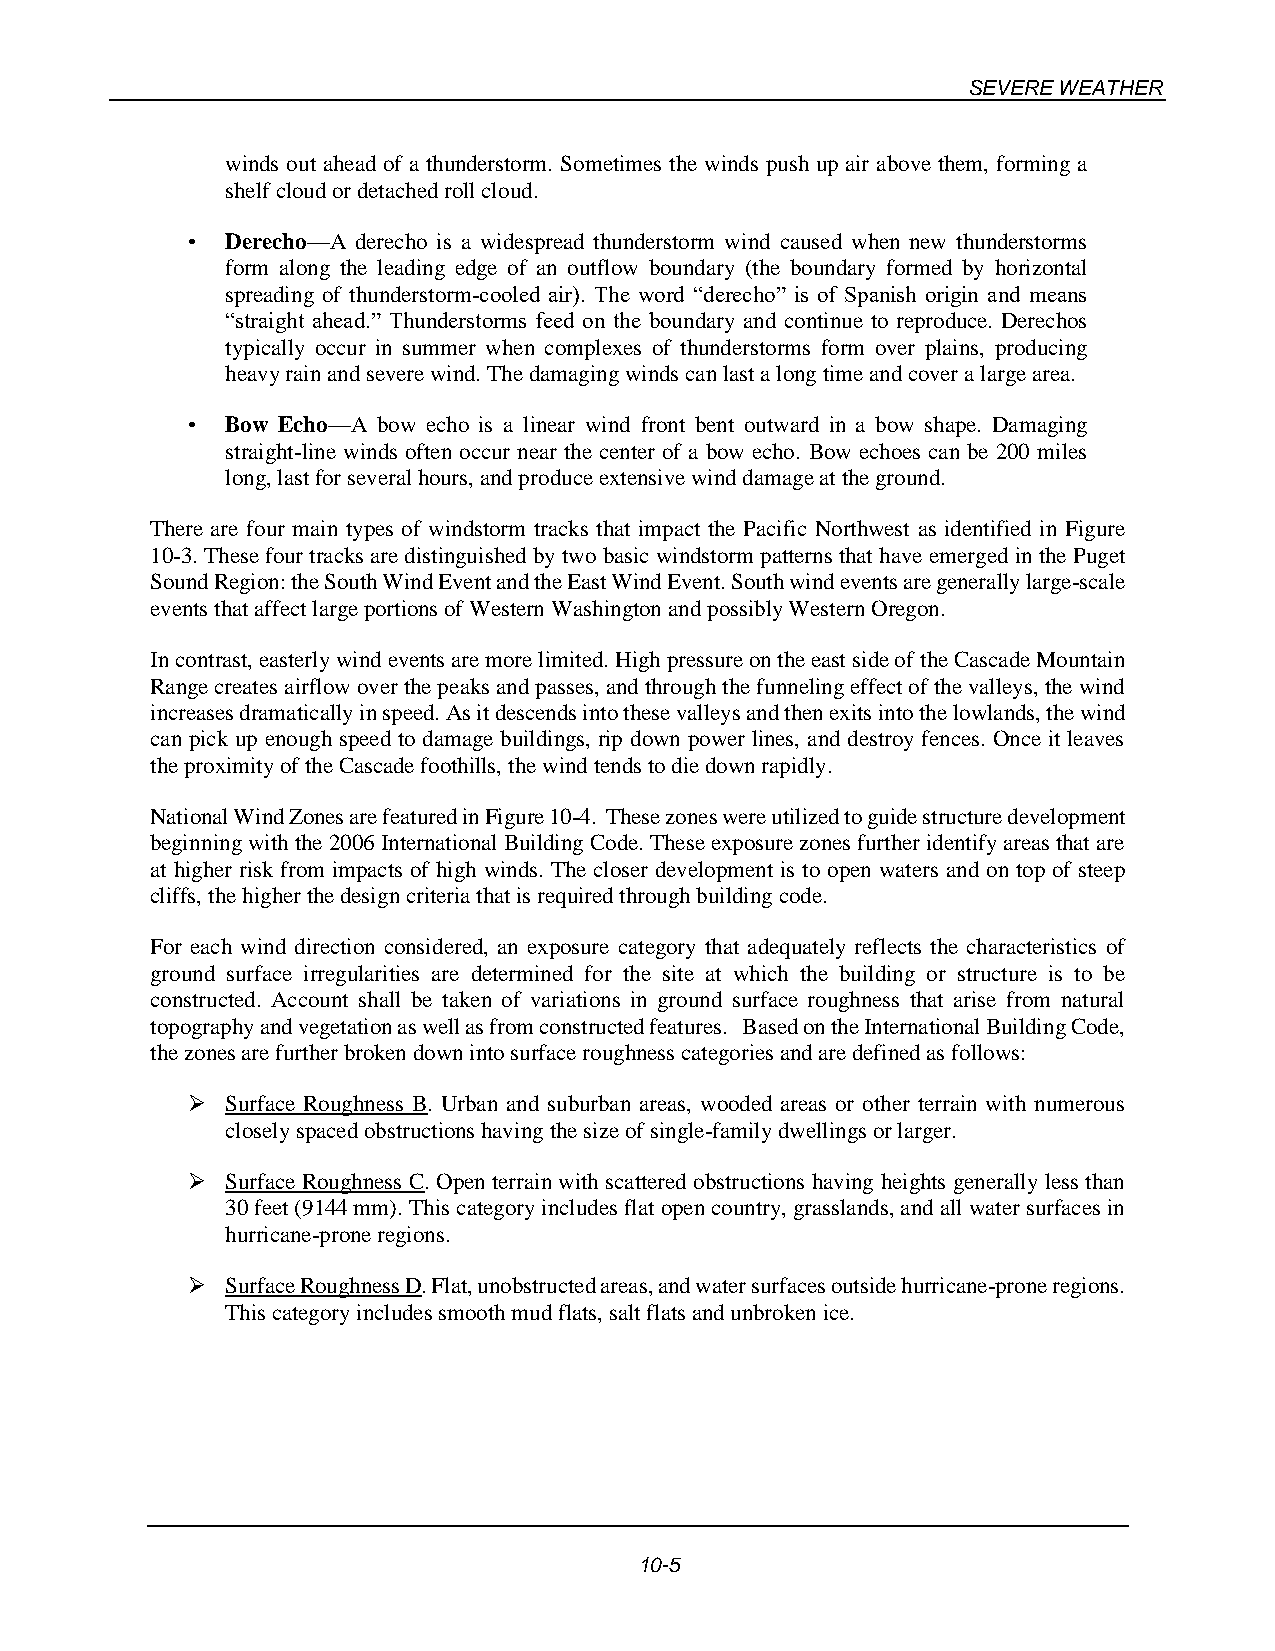
SEVERE WEATHER
 winds out ahead of a thunderstorm. Sometimes the winds push up air above them, forming a
 shelf cloud or detached roll cloud.
 •  Derecho—A derecho is a widespread thunderstorm wind caused when new thunderstorms
 form along the leading edge of an outflow boundary (the boundary formed by horizontal
 spreading of thunderstorm-cooled air). The word “derecho” is of Spanish origin and means
 “straight ahead.” Thunderstorms feed on the boundary and continue to reproduce. Derechos
 typically occur in summer when complexes of thunderstorms form over plains, producing
 heavy rain and severe wind. The damaging winds can last a long time and cover a large area.
 •  Bow Echo—A bow echo is a linear wind front bent outward in a bow shape. Damaging
 straight-line winds often occur near the center of a bow echo. Bow echoes can be 200 miles
 long, last for several hours, and produce extensive wind damage at the ground.
 There are four main types of windstorm tracks that impact the Pacific Northwest as identified in Figure
 10-3. These four tracks are distinguished by two basic windstorm patterns that have emerged in the Puget
 Sound Region: the South Wind Event and the East Wind Event. South wind events are generally large-scale
 events that affect large portions of Western Washington and possibly Western Oregon.
 In contrast, easterly wind events are more limited. High pressure on the east side of the Cascade Mountain
 Range creates airflow over the peaks and passes, and through the funneling effect of the valleys, the wind
 increases dramatically in speed. As it descends into these valleys and then exits into the lowlands, the wind
 can pick up enough speed to damage buildings, rip down power lines, and destroy fences. Once it leaves
 the proximity of the Cascade foothills, the wind tends to die down rapidly.
 National Wind Zones are featured in Figure 10-4. These zones were utilized to guide structure development
 beginning with the 2006 International Building Code. These exposure zones further identify areas that are
 at higher risk from impacts of high winds. The closer development is to open waters and on top of steep
 cliffs, the higher the design criteria that is required through building code.
 For each wind direction considered, an exposure category that adequately reflects the characteristics of
 ground surface irregularities are determined for the site at which the building or structure is to be
 constructed. Account shall be taken of variations in ground surface roughness that arise from natural
 topography and vegetation as well as from constructed features. Based on the International Building Code,
 the zones are further broken down into surface roughness categories and are defined as follows:
 ➢  Surface Roughness B. Urban and suburban areas, wooded areas or other terrain with numerous
 closely spaced obstructions having the size of single-family dwellings or larger.
 ➢  Surface Roughness C. Open terrain with scattered obstructions having heights generally less than
 30 feet (9144 mm). This category includes flat open country, grasslands, and all water surfaces in
 hurricane-prone regions.
 ➢  Surface Roughness D. Flat, unobstructed areas, and water surfaces outside hurricane-prone regions.
 This category includes smooth mud flats, salt flats and unbroken ice.
 10-5